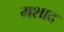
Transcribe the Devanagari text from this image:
मशाद